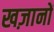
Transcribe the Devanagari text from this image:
खज़ानों